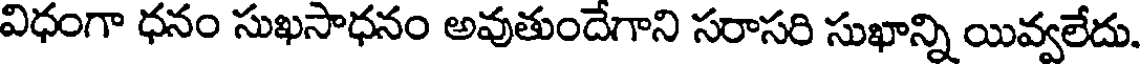
విధంగా ధనం సుఖసాధనం అవుతుందేగాని సరాసరి సుఖాన్ని యివ్వలేదు.